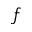
\boldsymbol { f }